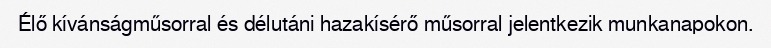
Élő kívánságműsorral és délutáni hazakísérő műsorral jelentkezik munkanapokon.